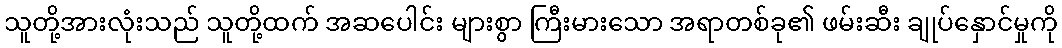
သူတို့အားလုံးသည် သူတို့ထက် အဆပေါင်း များစွာ ကြီးမားသော အရာတစ်ခု၏ ဖမ်းဆီး ချုပ်နှောင်မှုကို